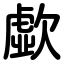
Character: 歔